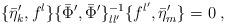
LaTeX: \begin{align*}\{\bar{\eta}'_{k},f^{l}\}\{\bar{\Phi}',\bar{\Phi}'\}^{-1}_{ll'}\{f^{l'},\bar{\eta}'_{m}\}=0 \; ,\end{align*}